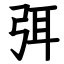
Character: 弭